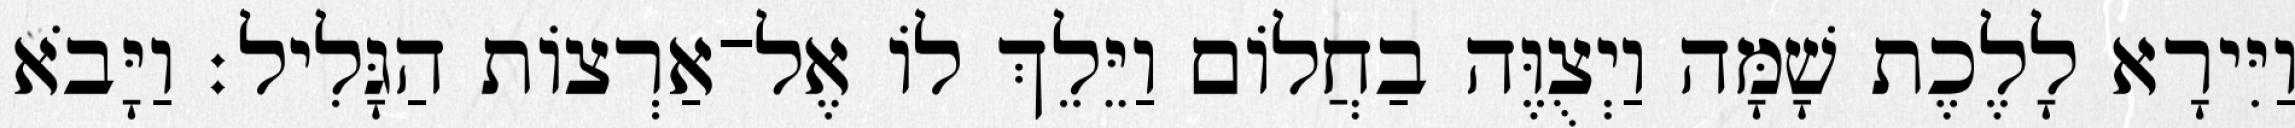
וַיִּירָא לָלֶכֶת שָׁמָּה וַיְצֻוֶּה בַחֲלוֹם וַיֵּלֵךְ לוֹ אֶל־אַרְצוֹת הַגָּלִיל׃ וַיָּבֹא